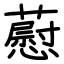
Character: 藯